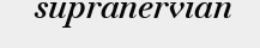
supranervian